Indian journal of veterinary science and animal husbandry - Volume 7,
Year: 1937
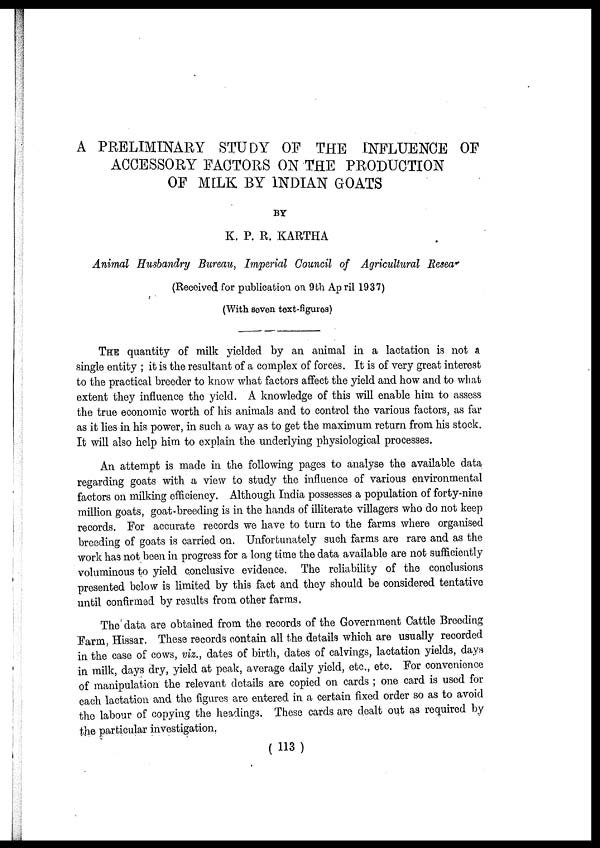
A PRELIMINARY STUDY OF THE INFLUENCE OF
ACCESSORY FACTORS ON THE PRODUCTION
OF MILK BY INDIAN GOATS
BY
K. P. R. KARTHA
Animal Husbandry Bureau, Imperial Council of Agricultural Resea"
(Received for publication on 9th April 1937)
(With seven text-figures)
THE quantity of milk yielded by an animal in a lactation is not a
single entity ; it is the resultant of a complex of forces. It is of very great interest
to the practical breeder to know what factors affect the yield and how and to what
extent they influence the yield. A knowledge of this will enable him to assess
the true economic worth of his animals and to control the various factors, as far
as it lies in his power, in such a way as to get the maximum return from his stock.
It will also help him to explain the underlying physiological processes.
An attempt is made in the following pages to analyse the available data
regarding goats with a view to study the influence of various environmental
factors on milking efficiency. Although India possesses a population of forty-nine
million goats, goat-breeding is in the hands of illiterate villagers who do not keep
records. For accurate records we have to turn to the farms where organised
breeding of goats is carried on. Unfortunately such farms are rare and as the
work has not been in progress for a long time the data available are not sufficiently
voluminous to yield conclusive evidence. The reliability of the conclusions
presented below is limited by this fact and they should be considered tentative
until confirmed by results from other farms.
The' data are obtained from the records of the Government Cattle Breeding
Farm, Hissar. These records contain all the details which are usually recorded
in the case of cows, viz., dates of birth, dates of calvings, lactation yields, days
in milk, days dry, yield at peak, average daily yield, etc., etc. For convenience
of manipulation the relevant details are copied on cards ; one card is used for
each lactation and the figures are entered in a certain fixed order so as to avoid
the labour of copying the headings. These cards are dealt out as required by
the particular investigation.
( 113)